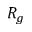
R _ { g }